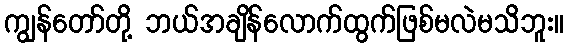
ကျွန်တော်တို့ ဘယ်အချိန်လောက်ထွက်ဖြစ်မလဲမသိဘူး။